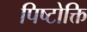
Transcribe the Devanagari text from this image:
पिष्टोक्ति